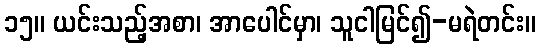
၁၅။ ယင်းသည့်အစာ၊ အာပေါင်မှာ၊ သူငါမြင်၍-မရဲတင်း။